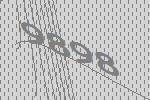
9898